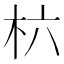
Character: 𣏥